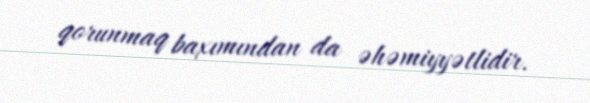
qorunmaq baxımından da əhəmiyyətlidir.